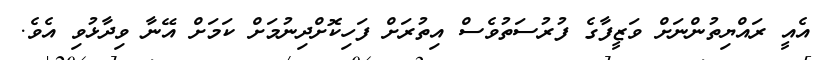
އެއީ ރައްޔިތުންނަށް ވަޒީފާގެ ފުރުސަތުވެސް އިތުރަށް ފަހިކޮށްދިނުމަށް ކަމަށް އޭނާ ވިދާޅުވި އެވެ.